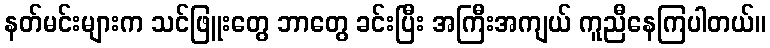
နတ်မင်းများက သင်ဖြူးတွေ ဘာတွေ ခင်းပြီး အကြီးအကျယ် ကူညီနေကြပါတယ်။